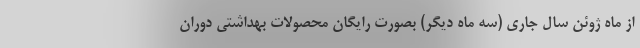
از ماه ژوئن سال جاری (سه ماه دیگر) بصورت رایگان محصولات بهداشتی دوران